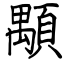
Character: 顒